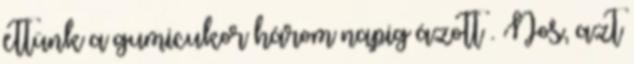
ettünk a gumicukor három napig ázott . Nos, azt